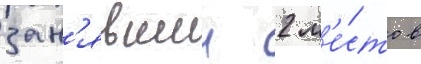
зан'явшии 2 м'е́сто в